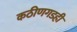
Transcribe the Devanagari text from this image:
कठीणगडही